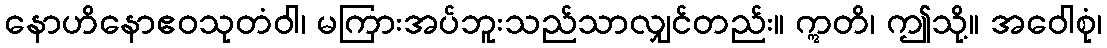
နောဟိနောဧဝသုတံဝါ၊ မကြားအပ်ဘူးသည်သာလျှင်တည်း။ ဣတိ၊ ဤသို့။ အဝေါစုံ၊